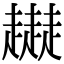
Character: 𧾜